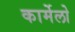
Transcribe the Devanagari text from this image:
कार्मेलो